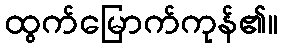
ထွက်မြောက်ကုန်၏။